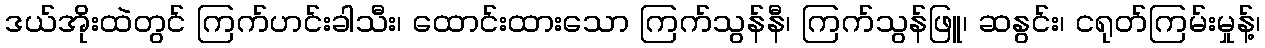
ဒယ်အိုးထဲတွင် ကြက်ဟင်းခါသီး၊ ထောင်းထားသော ကြက်သွန်နီ၊ ကြက်သွန်ဖြူ၊ ဆနွင်း၊ ငရုတ်ကြမ်းမှုန့်၊